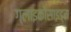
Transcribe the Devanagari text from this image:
ग्लाइकोसाइड्स